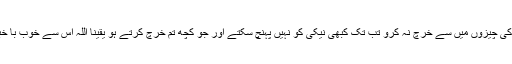
جب تک تم اپنی پسند کی چیزوں میں سے خرچ نہ کرو تب تک کبھی نیکی کو نہیں پہنچ سکتے اور جو کچھ تم خرچ کرتے ہو یقینا اللہ اس سے خوب با خبر ہے ۹۲ آل عمران ۔